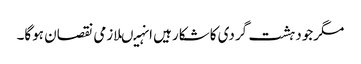
مگرجودہشت گردی کاشکارہیں انہیںلازمی نقصان ہوگا۔